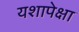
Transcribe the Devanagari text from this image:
यशापेक्षा